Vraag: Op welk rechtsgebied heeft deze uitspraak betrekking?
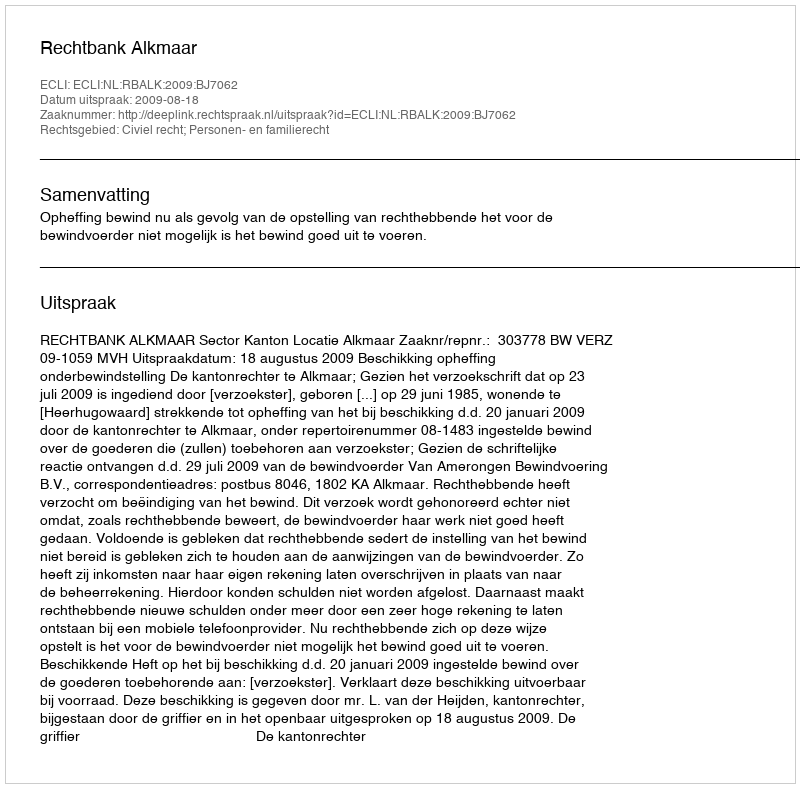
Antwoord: Civiel recht; Personen- en familierecht